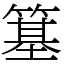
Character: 簊